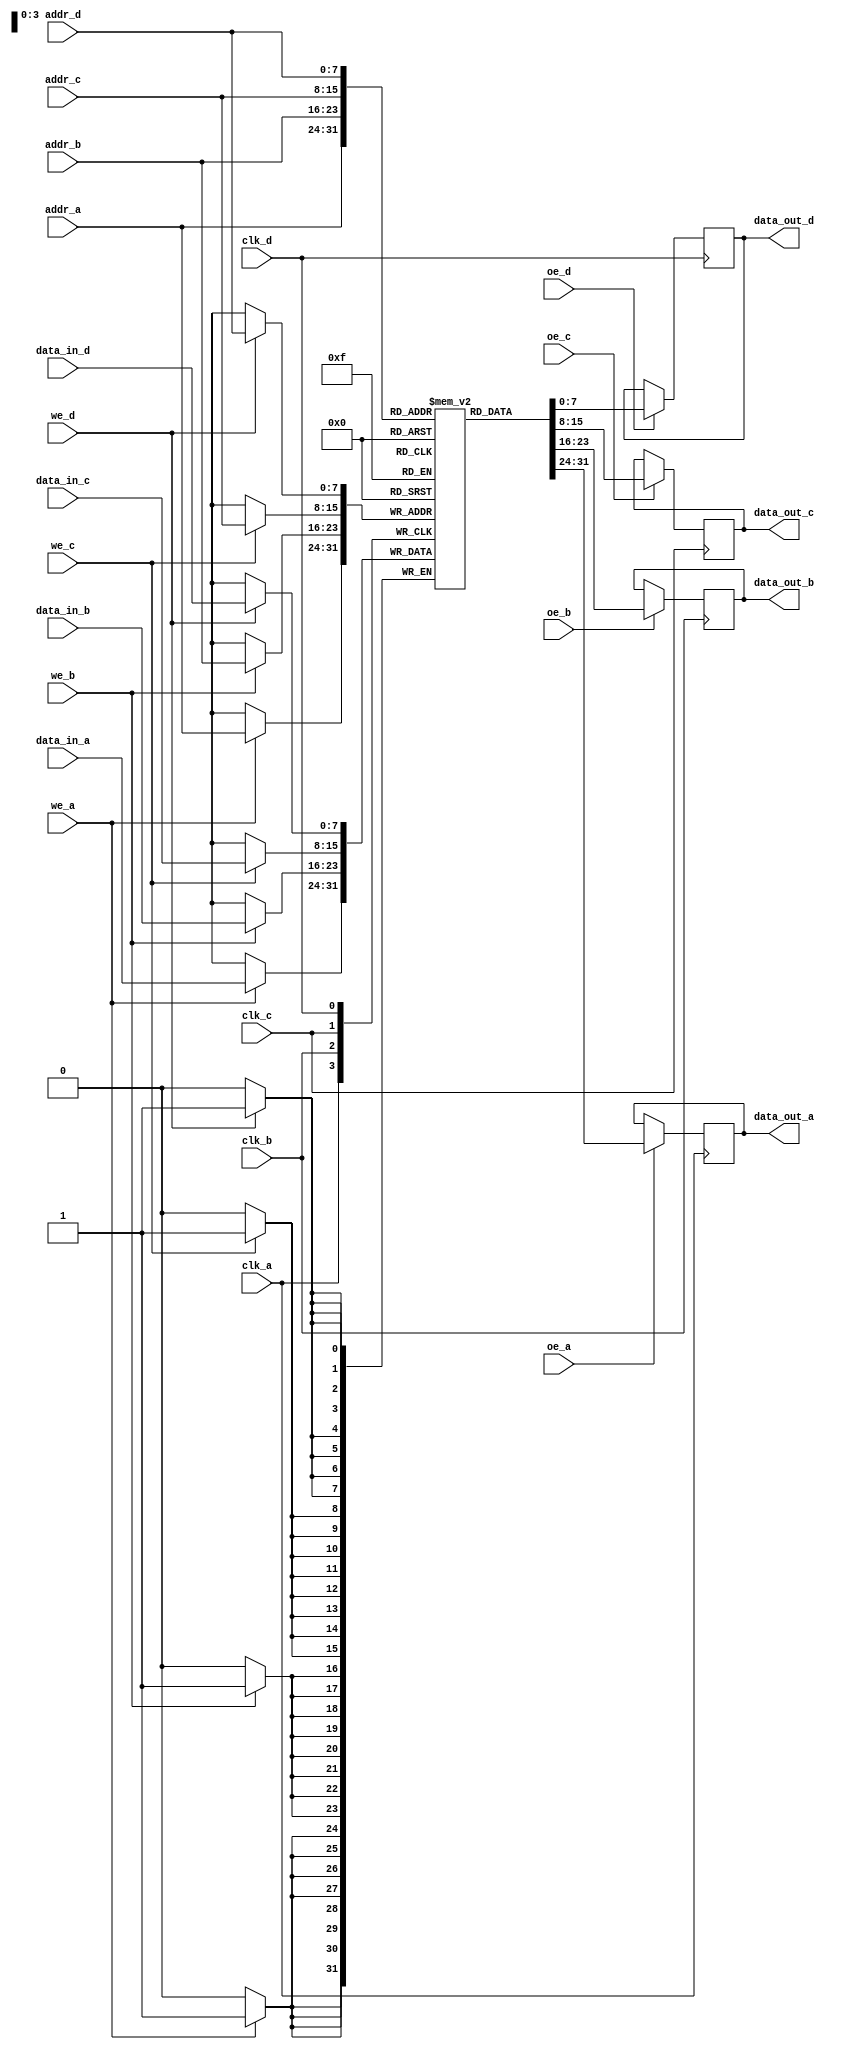
module quad_port_sram #(
    parameter NUM_ROWS = 256,  // Number of memory locations
    parameter NUM_COLS = 8     // Bit width of each memory location
)(
    // Port A
    input  wire [7:0] addr_a,
    input  wire [NUM_COLS-1:0] data_in_a,
    output reg  [NUM_COLS-1:0] data_out_a,
    input  wire we_a,
    input  wire oe_a,
    input  wire clk_a,

    // Port B
    input  wire [7:0] addr_b,
    input  wire [NUM_COLS-1:0] data_in_b,
    output reg  [NUM_COLS-1:0] data_out_b,
    input  wire we_b,
    input  wire oe_b,
    input  wire clk_b,

    // Port C
    input  wire [7:0] addr_c,
    input  wire [NUM_COLS-1:0] data_in_c,
    output reg  [NUM_COLS-1:0] data_out_c,
    input  wire we_c,
    input  wire oe_c,
    input  wire clk_c,

    // Port D
    input  wire [7:0] addr_d,
    input  wire [NUM_COLS-1:0] data_in_d,
    output reg  [NUM_COLS-1:0] data_out_d,
    input  wire we_d,
    input  wire oe_d,
    input  wire clk_d
);

    // Memory array
    reg [NUM_COLS-1:0] memory [0:NUM_ROWS-1];

    // Write and Read operations for Port A
    always @(posedge clk_a) begin
        if (we_a) begin
            memory[addr_a] <= data_in_a;  // Write operation
        end
        if (oe_a) begin
            data_out_a <= memory[addr_a];  // Read operation
        end
    end

    // Write and Read operations for Port B
    always @(posedge clk_b) begin
        if (we_b) begin
            memory[addr_b] <= data_in_b;  // Write operation
        end
        if (oe_b) begin
            data_out_b <= memory[addr_b];  // Read operation
        end
    end

    // Write and Read operations for Port C
    always @(posedge clk_c) begin
        if (we_c) begin
            memory[addr_c] <= data_in_c;  // Write operation
        end
        if (oe_c) begin
            data_out_c <= memory[addr_c];  // Read operation
        end
    end

    // Write and Read operations for Port D
    always @(posedge clk_d) begin
        if (we_d) begin
            memory[addr_d] <= data_in_d;  // Write operation
        end
        if (oe_d) begin
            data_out_d <= memory[addr_d];  // Read operation
        end
    end

endmodule